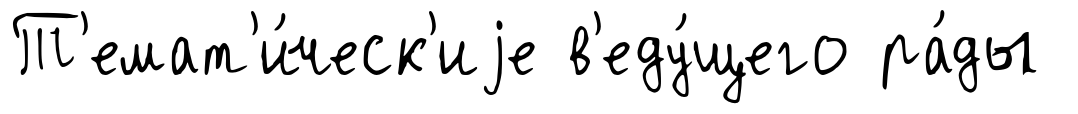
Т'емат'и́ческ'иjе в'еду́щего ра́ды